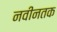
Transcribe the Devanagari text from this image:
नवीनतक